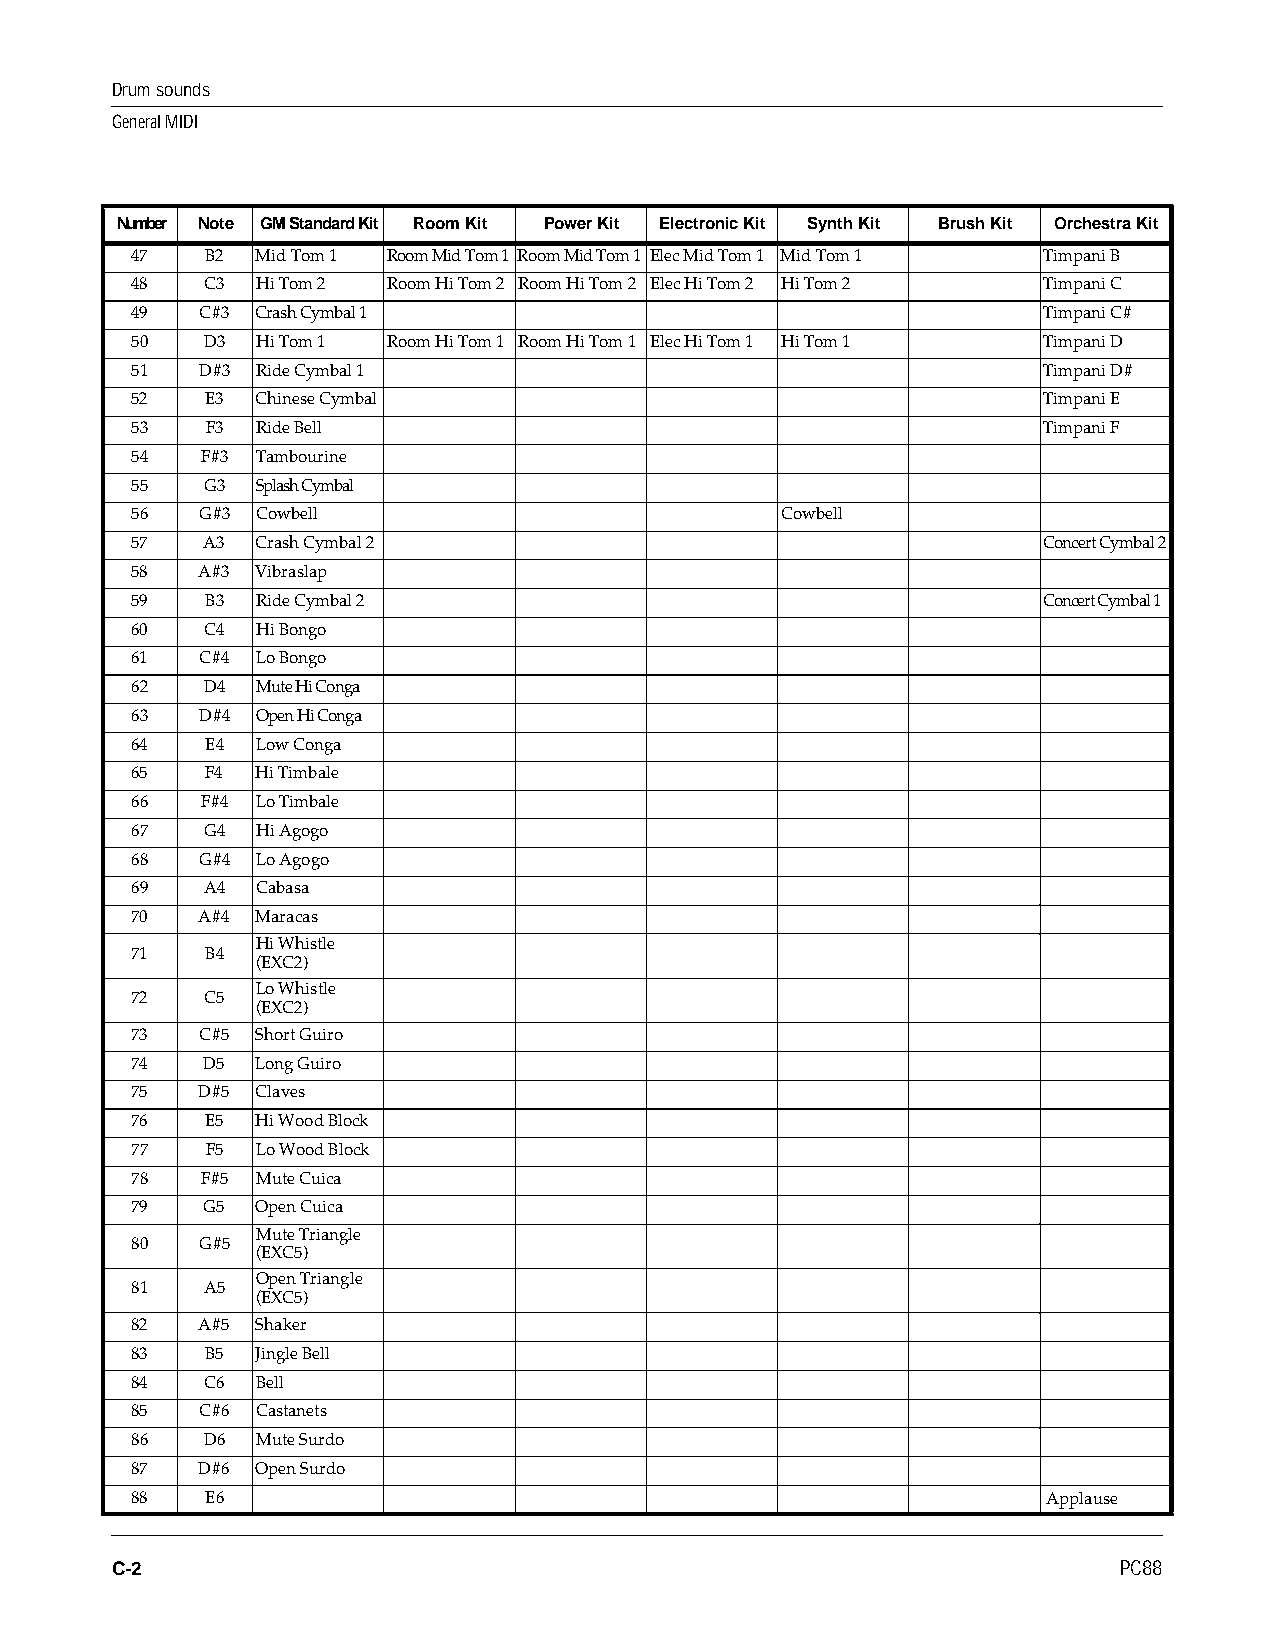
Drum sounds
 General MIDI
 Number Note GM Standard Kit Room Kit Power Kit Electronic Kit Synth Kit Brush Kit Orchestra Kit
 47   B2 Mid Tom 1 Room Mid Tom 1 Room Mid Tom 1 Elec Mid Tom 1 Mid Tom 1 Timpani B
 48   C3 Hi Tom 2 Room Hi Tom 2 Room Hi Tom 2 Elec Hi Tom 2 Hi Tom 2 Timpani C
 49  C#3 Crash Cymbal 1                                      Timpani C#
 50   D3 Hi Tom 1 Room Hi Tom 1 Room Hi Tom 1 Elec Hi Tom 1 Hi Tom 1 Timpani D
 51  D#3 Ride Cymbal 1                                       Timpani D#
 52   E3 Chinese Cymbal                                      Timpani E
 53   F3 Ride Bell                                           Timpani F
 54  F#3 Tambourine
 55   G3 Splash Cymbal
 56  G#3 Cowbell                            Cowbell
 57   A3 Crash Cymbal 2                                      Concert Cymbal 2
 58  A#3 Vibraslap
 59   B3 Ride Cymbal 2                                       Concert Cymbal 1
 60   C4 Hi Bongo
 61  C#4 Lo Bongo
 62   D4 Mute Hi Conga
 63  D#4 Open Hi Conga
 64   E4 Low Conga
 65   F4 Hi Timbale
 66  F#4 Lo Timbale
 67   G4 Hi Agogo
 68  G#4 Lo Agogo
 69   A4 Cabasa
 70  A#4 Maracas
 Hi Whistle
 71   B4
 (EXC2)
 Lo Whistle
 72   C5
 (EXC2)
 73  C#5 Short Guiro
 74   D5 Long Guiro
 75  D#5 Claves
 76   E5 Hi Wood Block
 77   F5 Lo Wood Block
 78  F#5 Mute Cuica
 79   G5 Open Cuica
 Mute Triangle
 80  G#5
 (EXC5)
 Open Triangle
 81   A5
 (EXC5)
 82  A#5 Shaker
 83   B5 Jingle Bell
 84   C6 Bell
 85  C#6 Castanets
 86   D6 Mute Surdo
 87  D#6 Open Surdo
 88   E6                                                     Applause
 C-2                                                                PC88